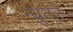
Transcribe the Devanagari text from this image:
ग्यूटर